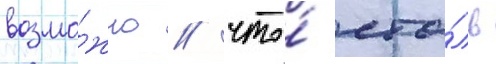
возмо́жно / что́ сто́ль